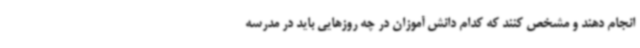
انجام دهند و مشخص کنند که کدام دانش آموزان در چه روزهایی باید در مدرسه